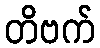
တိဗက်